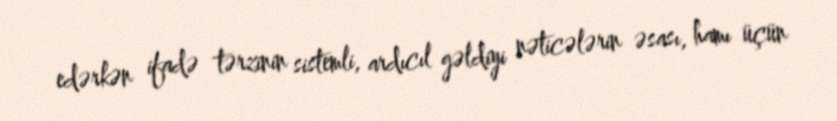
edərkən ifadə tərzinin sistemli, ardıcıl gəldiyi nəticələrin əsası, hamı üçün